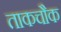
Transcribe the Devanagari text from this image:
ताकचौक